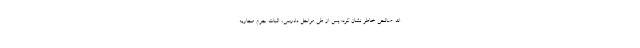
اند. صالحی خاطر نشان کرد: پس از طی مراحل دادرسی، اثبات جرم محاربه